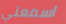
اسمعني